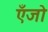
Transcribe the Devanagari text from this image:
एँजो